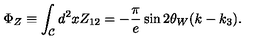
\Phi _ { Z } \equiv \int _ { \cal C } d ^ { 2 } x Z _ { 1 2 } = - \frac { \pi } { e } \sin 2 \theta _ { W } ( k - k _ { 3 } ) .